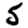
Digit: 5